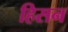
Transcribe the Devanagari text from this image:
हिसन